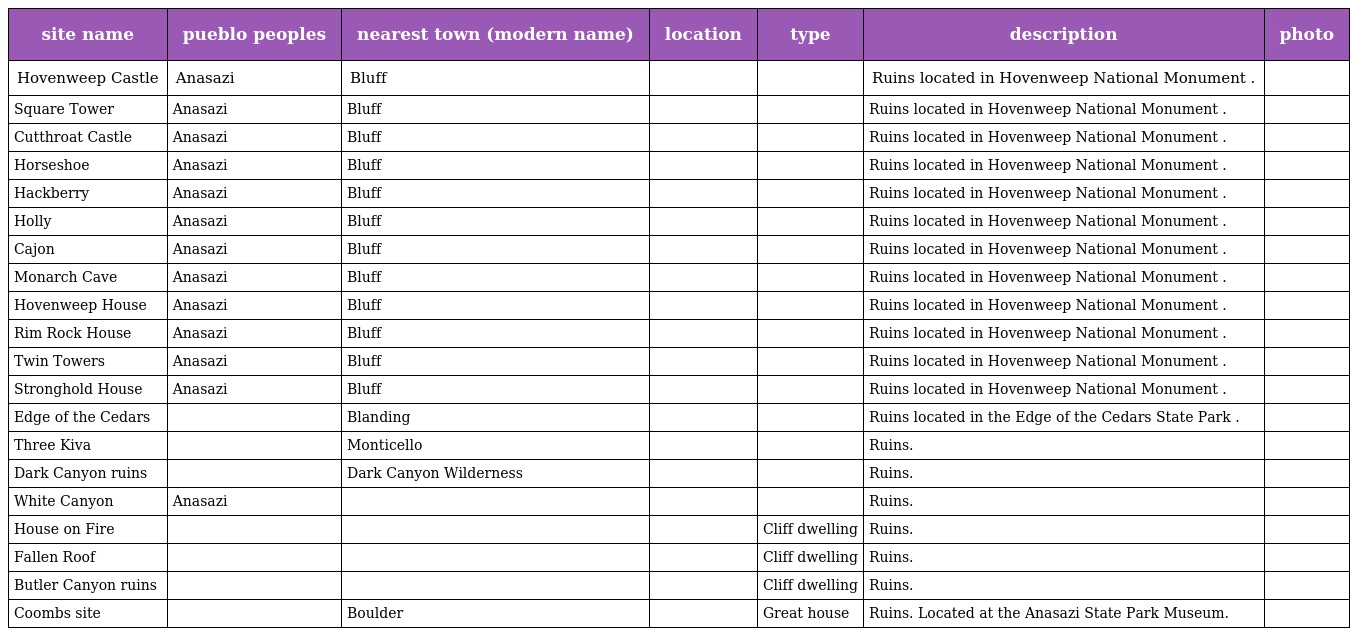
| site name | pueblo peoples | nearest town (modern name) | location | type | description | photo |
 | --- | --- | --- | --- | --- | --- | --- |
 | Hovenweep Castle | Anasazi | Bluff |  |  | Ruins located in Hovenweep National Monument . |  |
 | Square Tower | Anasazi | Bluff |  |  | Ruins located in Hovenweep National Monument . |  |
 | Cutthroat Castle | Anasazi | Bluff |  |  | Ruins located in Hovenweep National Monument . |  |
 | Horseshoe | Anasazi | Bluff |  |  | Ruins located in Hovenweep National Monument . |  |
 | Hackberry | Anasazi | Bluff |  |  | Ruins located in Hovenweep National Monument . |  |
 | Holly | Anasazi | Bluff |  |  | Ruins located in Hovenweep National Monument . |  |
 | Cajon | Anasazi | Bluff |  |  | Ruins located in Hovenweep National Monument . |  |
 | Monarch Cave | Anasazi | Bluff |  |  | Ruins located in Hovenweep National Monument . |  |
 | Hovenweep House | Anasazi | Bluff |  |  | Ruins located in Hovenweep National Monument . |  |
 | Rim Rock House | Anasazi | Bluff |  |  | Ruins located in Hovenweep National Monument . |  |
 | Twin Towers | Anasazi | Bluff |  |  | Ruins located in Hovenweep National Monument . |  |
 | Stronghold House | Anasazi | Bluff |  |  | Ruins located in Hovenweep National Monument . |  |
 | Edge of the Cedars |  | Blanding |  |  | Ruins located in the Edge of the Cedars State Park . |  |
 | Three Kiva |  | Monticello |  |  | Ruins. |  |
 | Dark Canyon ruins |  | Dark Canyon Wilderness |  |  | Ruins. |  |
 | White Canyon | Anasazi |  |  |  | Ruins. |  |
 | House on Fire |  |  |  | Cliff dwelling | Ruins. |  |
 | Fallen Roof |  |  |  | Cliff dwelling | Ruins. |  |
 | Butler Canyon ruins |  |  |  | Cliff dwelling | Ruins. |  |
 | Coombs site |  | Boulder |  | Great house | Ruins. Located at the Anasazi State Park Museum. |  |